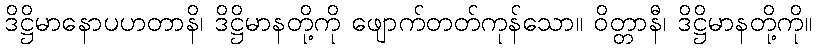
ဒိဋ္ဌိမာနောပဟတာနိ၊ ဒိဋ္ဌိမာနတို့ကို ဖျောက်တတ်ကုန်သော။ ဝိတ္တာနီ၊ ဒိဋ္ဌိမာနတို့ကို။